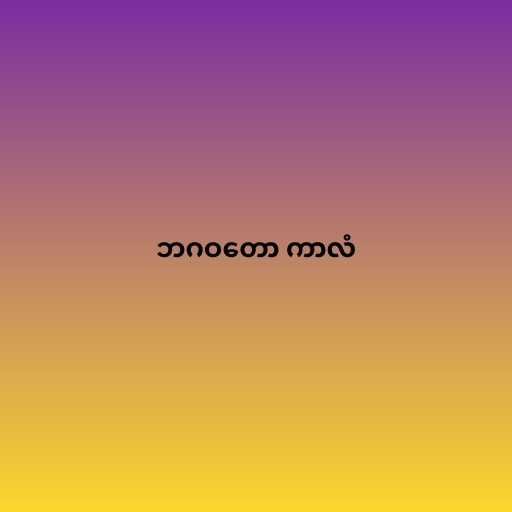
ဘဂဝတော ကာလံ